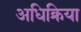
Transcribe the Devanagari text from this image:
अधिक्रिया